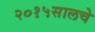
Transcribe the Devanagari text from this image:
२०१५सालचे